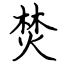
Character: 焚